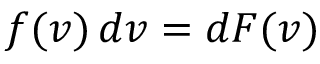
f ( v ) \, d v = d F ( v )